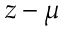
z - \mu